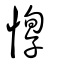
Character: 惸